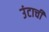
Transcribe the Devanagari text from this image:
उंटाची